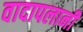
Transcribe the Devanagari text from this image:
वादापलानी